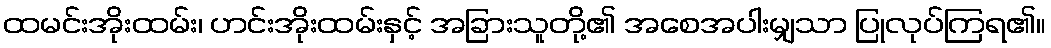
ထမင်းအိုးထမ်း၊ ဟင်းအိုးထမ်းနှင့် အခြားသူတို့၏ အစေအပါးမျှသာ ပြုလုပ်ကြရ၏။